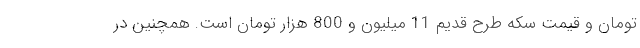
تومان و قیمت سکه طرح قدیم 11 میلیون و 800 هزار تومان است. همچنین در